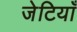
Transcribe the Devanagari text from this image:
जेटियाँ